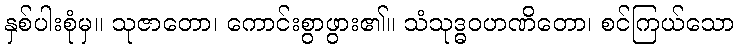
နှစ်ပါးစုံမှ။ သုဇာတော၊ ကောင်းစွာဖွား၏။ သံသုဒ္ဓဝဟဏိတော၊ စင်ကြယ်သော